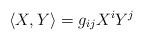
LaTeX: \begin{align*}\langle X,Y\rangle = g_{ij}X^iY^j\end{align*}